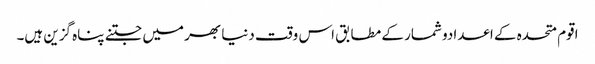
اقوم متحدہ کے اعدادو شمار کے مطابق اس وقت دنیا بھر میں جتنے پناہ گزین ہیں۔